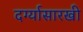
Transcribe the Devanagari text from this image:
दर्ग्यासारखी